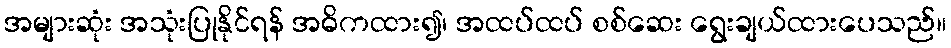
အများဆုံး အသုံးပြုနိုင်ရန် အဓိကထား၍၊ အထပ်ထပ် စစ်ဆေး ရွေးချယ်ထားပေသည်။